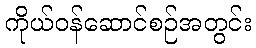
ကိုယ်ဝန်ဆောင်စဉ်အတွင်း